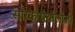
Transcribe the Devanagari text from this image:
साय्कोपैथौलौजी